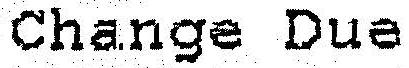
CHANGE DUE